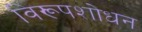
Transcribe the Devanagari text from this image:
विरूपशोधन